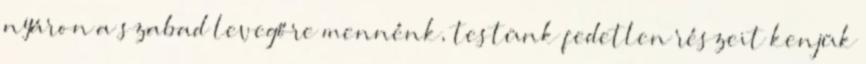
nyáron a szabad levegőre mennénk, testünk fedetlen részeit kenjük